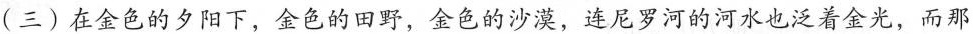
(三)在金色的夕阳下，金色的田野，金色的沙漠，连尼罗河的河水也泛着金光，而那